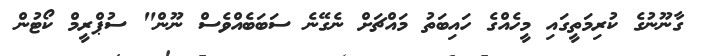
ގާނޫނުގެ ކުރިމަތީގައި މީހެއްގެ ހައިބަތު މައްޗަށް ނެގޭނެ ސަބަބެއްވެސް ނޫން" ސުޕްރީމް ކޯޓުން